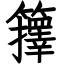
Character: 籜